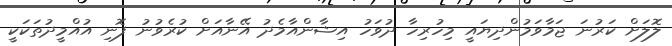
ލޮލަށް ކަރުނަ ޖަމާވަމުންދިޔައީ މިހުރިހާ ދުވަހު އިޝާންއާމެދު އޭނާއަށް ކުރެވުނު ފޮނި އުއްމީދުތަކަކީ